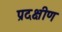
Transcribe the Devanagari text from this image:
प्रदक्षीण